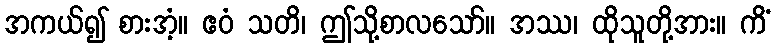
အကယ်၍ စားအံ့။ ဧဝံ သတိ၊ ဤသို့စာလသော်။ အဿ၊ ထိုသူတို့အား။ ကိံ